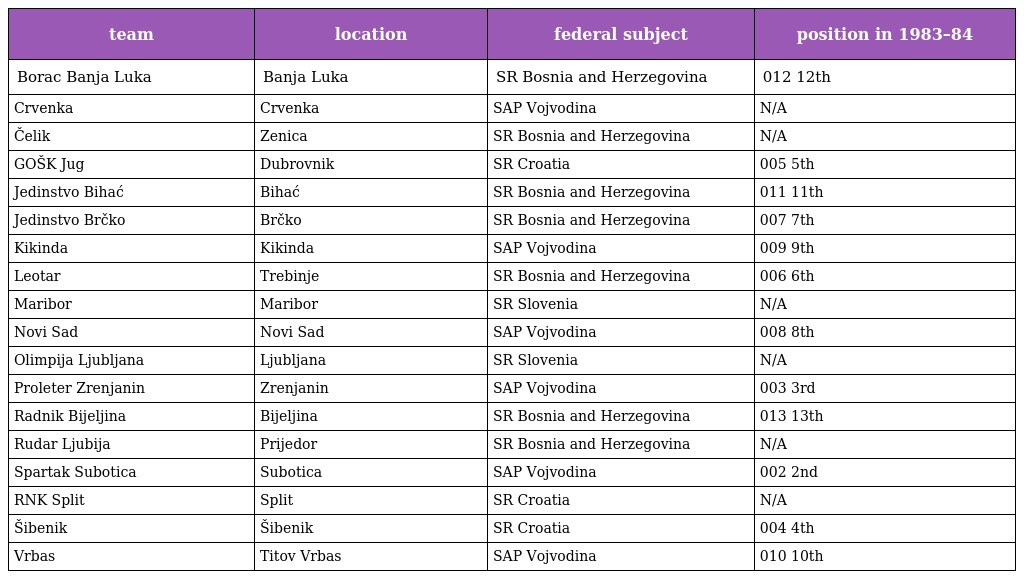
| team | location | federal subject | position in 1983–84 |
 | --- | --- | --- | --- |
 | Borac Banja Luka | Banja Luka | SR Bosnia and Herzegovina | 012 12th |
 | Crvenka | Crvenka | SAP Vojvodina | N/A |
 | Čelik | Zenica | SR Bosnia and Herzegovina | N/A |
 | GOŠK Jug | Dubrovnik | SR Croatia | 005 5th |
 | Jedinstvo Bihać | Bihać | SR Bosnia and Herzegovina | 011 11th |
 | Jedinstvo Brčko | Brčko | SR Bosnia and Herzegovina | 007 7th |
 | Kikinda | Kikinda | SAP Vojvodina | 009 9th |
 | Leotar | Trebinje | SR Bosnia and Herzegovina | 006 6th |
 | Maribor | Maribor | SR Slovenia | N/A |
 | Novi Sad | Novi Sad | SAP Vojvodina | 008 8th |
 | Olimpija Ljubljana | Ljubljana | SR Slovenia | N/A |
 | Proleter Zrenjanin | Zrenjanin | SAP Vojvodina | 003 3rd |
 | Radnik Bijeljina | Bijeljina | SR Bosnia and Herzegovina | 013 13th |
 | Rudar Ljubija | Prijedor | SR Bosnia and Herzegovina | N/A |
 | Spartak Subotica | Subotica | SAP Vojvodina | 002 2nd |
 | RNK Split | Split | SR Croatia | N/A |
 | Šibenik | Šibenik | SR Croatia | 004 4th |
 | Vrbas | Titov Vrbas | SAP Vojvodina | 010 10th |